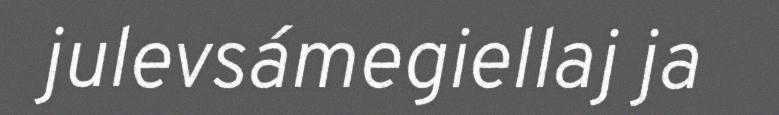
julevsámegiellaj ja